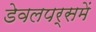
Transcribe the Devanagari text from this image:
डेवलपर्समें